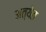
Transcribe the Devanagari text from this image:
अत्येत